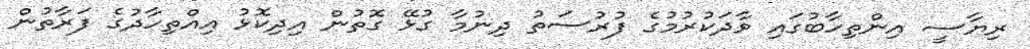
ރިޔާސީ އިންތިހާބުގައި ވާދަކުރުމުގެ ފުރުސަތު ދިނުމާ ގުޅޭ ގޮތުން އިދިކޮޅު އިއްތިހާދުގެ ފަރާތުން